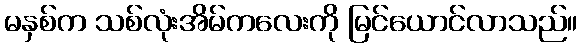
မနှစ်က သစ်လုံးအိမ်ကလေးကို မြင်ယောင်လာသည်။